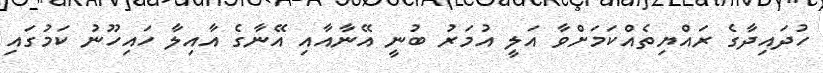
ހުދައިދާގެ ރައްޔިތެއްކަމަށްވާ އަލީ އުމަރު ބުނީ އޭނާއާއި އޭނާގެ އާއިލާ ހައިހޫނު ކަމުގައި